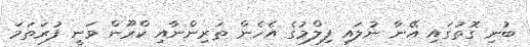
ބުނި ގޮތުގައި އޭނާ ނުލައި ފިލްމުގެ އެހެން ތަރިންނާއި ކްރޫން ވަނީ ފުރަތަމަ